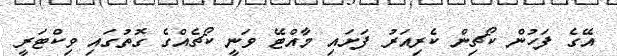
އޭގެ ފަހުން ކޯޗިން ކެރިއަރު ފަށައި މާއްޓޭ ވަނީ ކޯޗެއްގެ ގޮތުގައި ވިކްޓަރީ